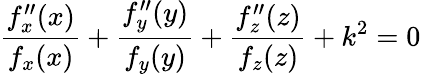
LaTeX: {\frac{f_{x}^{\prime\prime}(x)}{f_{x}(x)}}+{\frac{f_{y}^{\prime\prime}(y)}{f_{y}(y)}}+{\frac{f_{z}^{\prime\prime}(z)}{f_{z}(z)}}+k^{2}=0